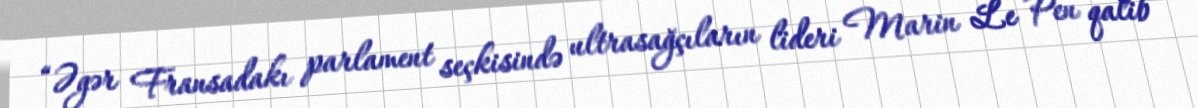
“Əgər Fransadakı parlament seçkisində ultrasağçıların lideri Marin Le Pen qalib